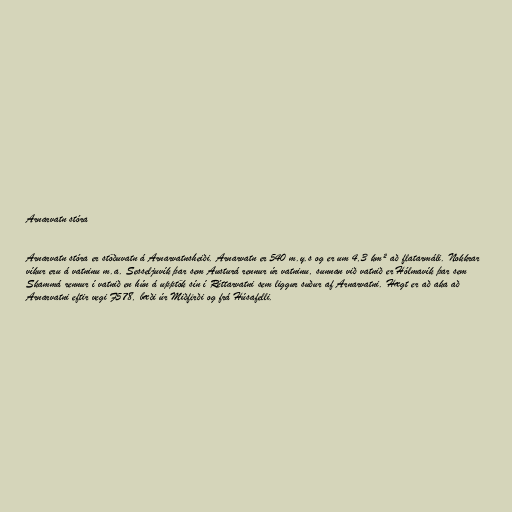
Arnarvatn stóra

Arnarvatn stóra er stöðuvatn á Arnarvatnsheiði. Arnarvatn er 540 m.y.s og er um 4,3 km² að flatarmáli. Nokkrar
víkur eru á vatninu m.a. Sesseljuvík þar sem Austurá rennur úr vatninu, sunnan við vatnið er Hólmavík þar sem
Skammá rennur í vatnið en hún á upptök sín í Réttarvatni sem liggur suður af Arnarvatni. Hægt er að aka að
Arnarvatni eftir vegi F578, bæði úr Miðfirði og frá Húsafelli.